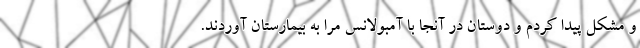
و مشکل پیدا کردم و دوستان در آنجا با آمبولانس مرا به بیمارستان آوردند.